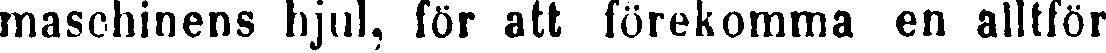
masehinens hjul, för att förekomma en alltför